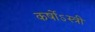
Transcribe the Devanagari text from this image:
कर्षोऽस्त्री